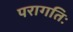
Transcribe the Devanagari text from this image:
परागतिः